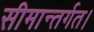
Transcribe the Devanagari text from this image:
सीमान्तर्गत।